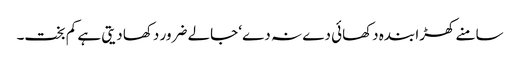
سامنے کھڑا بندہ دکھائی دے نہ دے‘ جالے ضرور دکھا دیتی ہے کم بخت۔